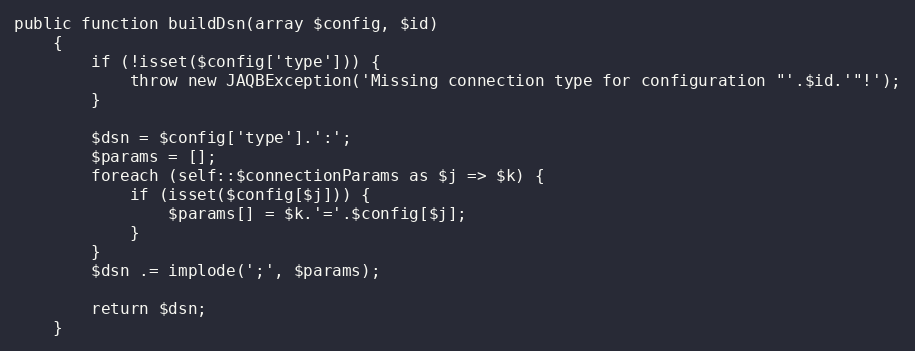
Language: PHP
public function buildDsn(array $config, $id)
    {
        if (!isset($config['type'])) {
            throw new JAQBException('Missing connection type for configuration "'.$id.'"!');
        }

        $dsn = $config['type'].':';
        $params = [];
        foreach (self::$connectionParams as $j => $k) {
            if (isset($config[$j])) {
                $params[] = $k.'='.$config[$j];
            }
        }
        $dsn .= implode(';', $params);

        return $dsn;
    }